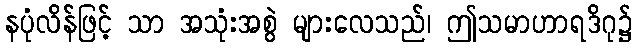
နပုံလိန်ဖြင့် သာ အသုံးအစွဲ များလေသည်၊ ဤသမာဟာရဒိဂု၌